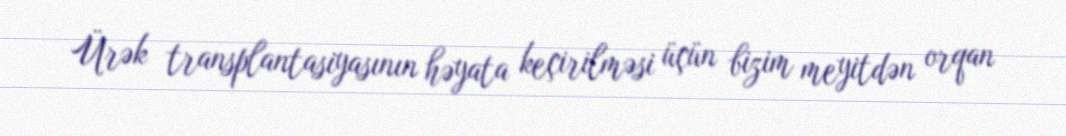
Ürək transplantasiyasının həyata keçirilməsi üçün bizim meyitdən orqan